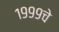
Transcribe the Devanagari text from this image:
१९९९चे